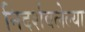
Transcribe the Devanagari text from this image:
निदर्शवलेल्या